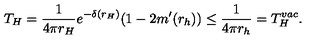
T _ { H } = { \frac { 1 } { 4 \pi r _ { H } } } e ^ { - \delta ( r _ { H } ) } ( 1 - 2 m ^ { \prime } ( r _ { h } ) ) \nonumber \leq \frac { 1 } { 4 \pi r _ { h } } = T _ { H } ^ { v a c } .